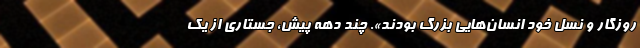
روزگار و نسل خود انسان‌هایی بزرگ بودند». چند دهه پیش، جستاری از یک